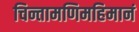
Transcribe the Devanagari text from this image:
चिन्तामणिमहिमानं